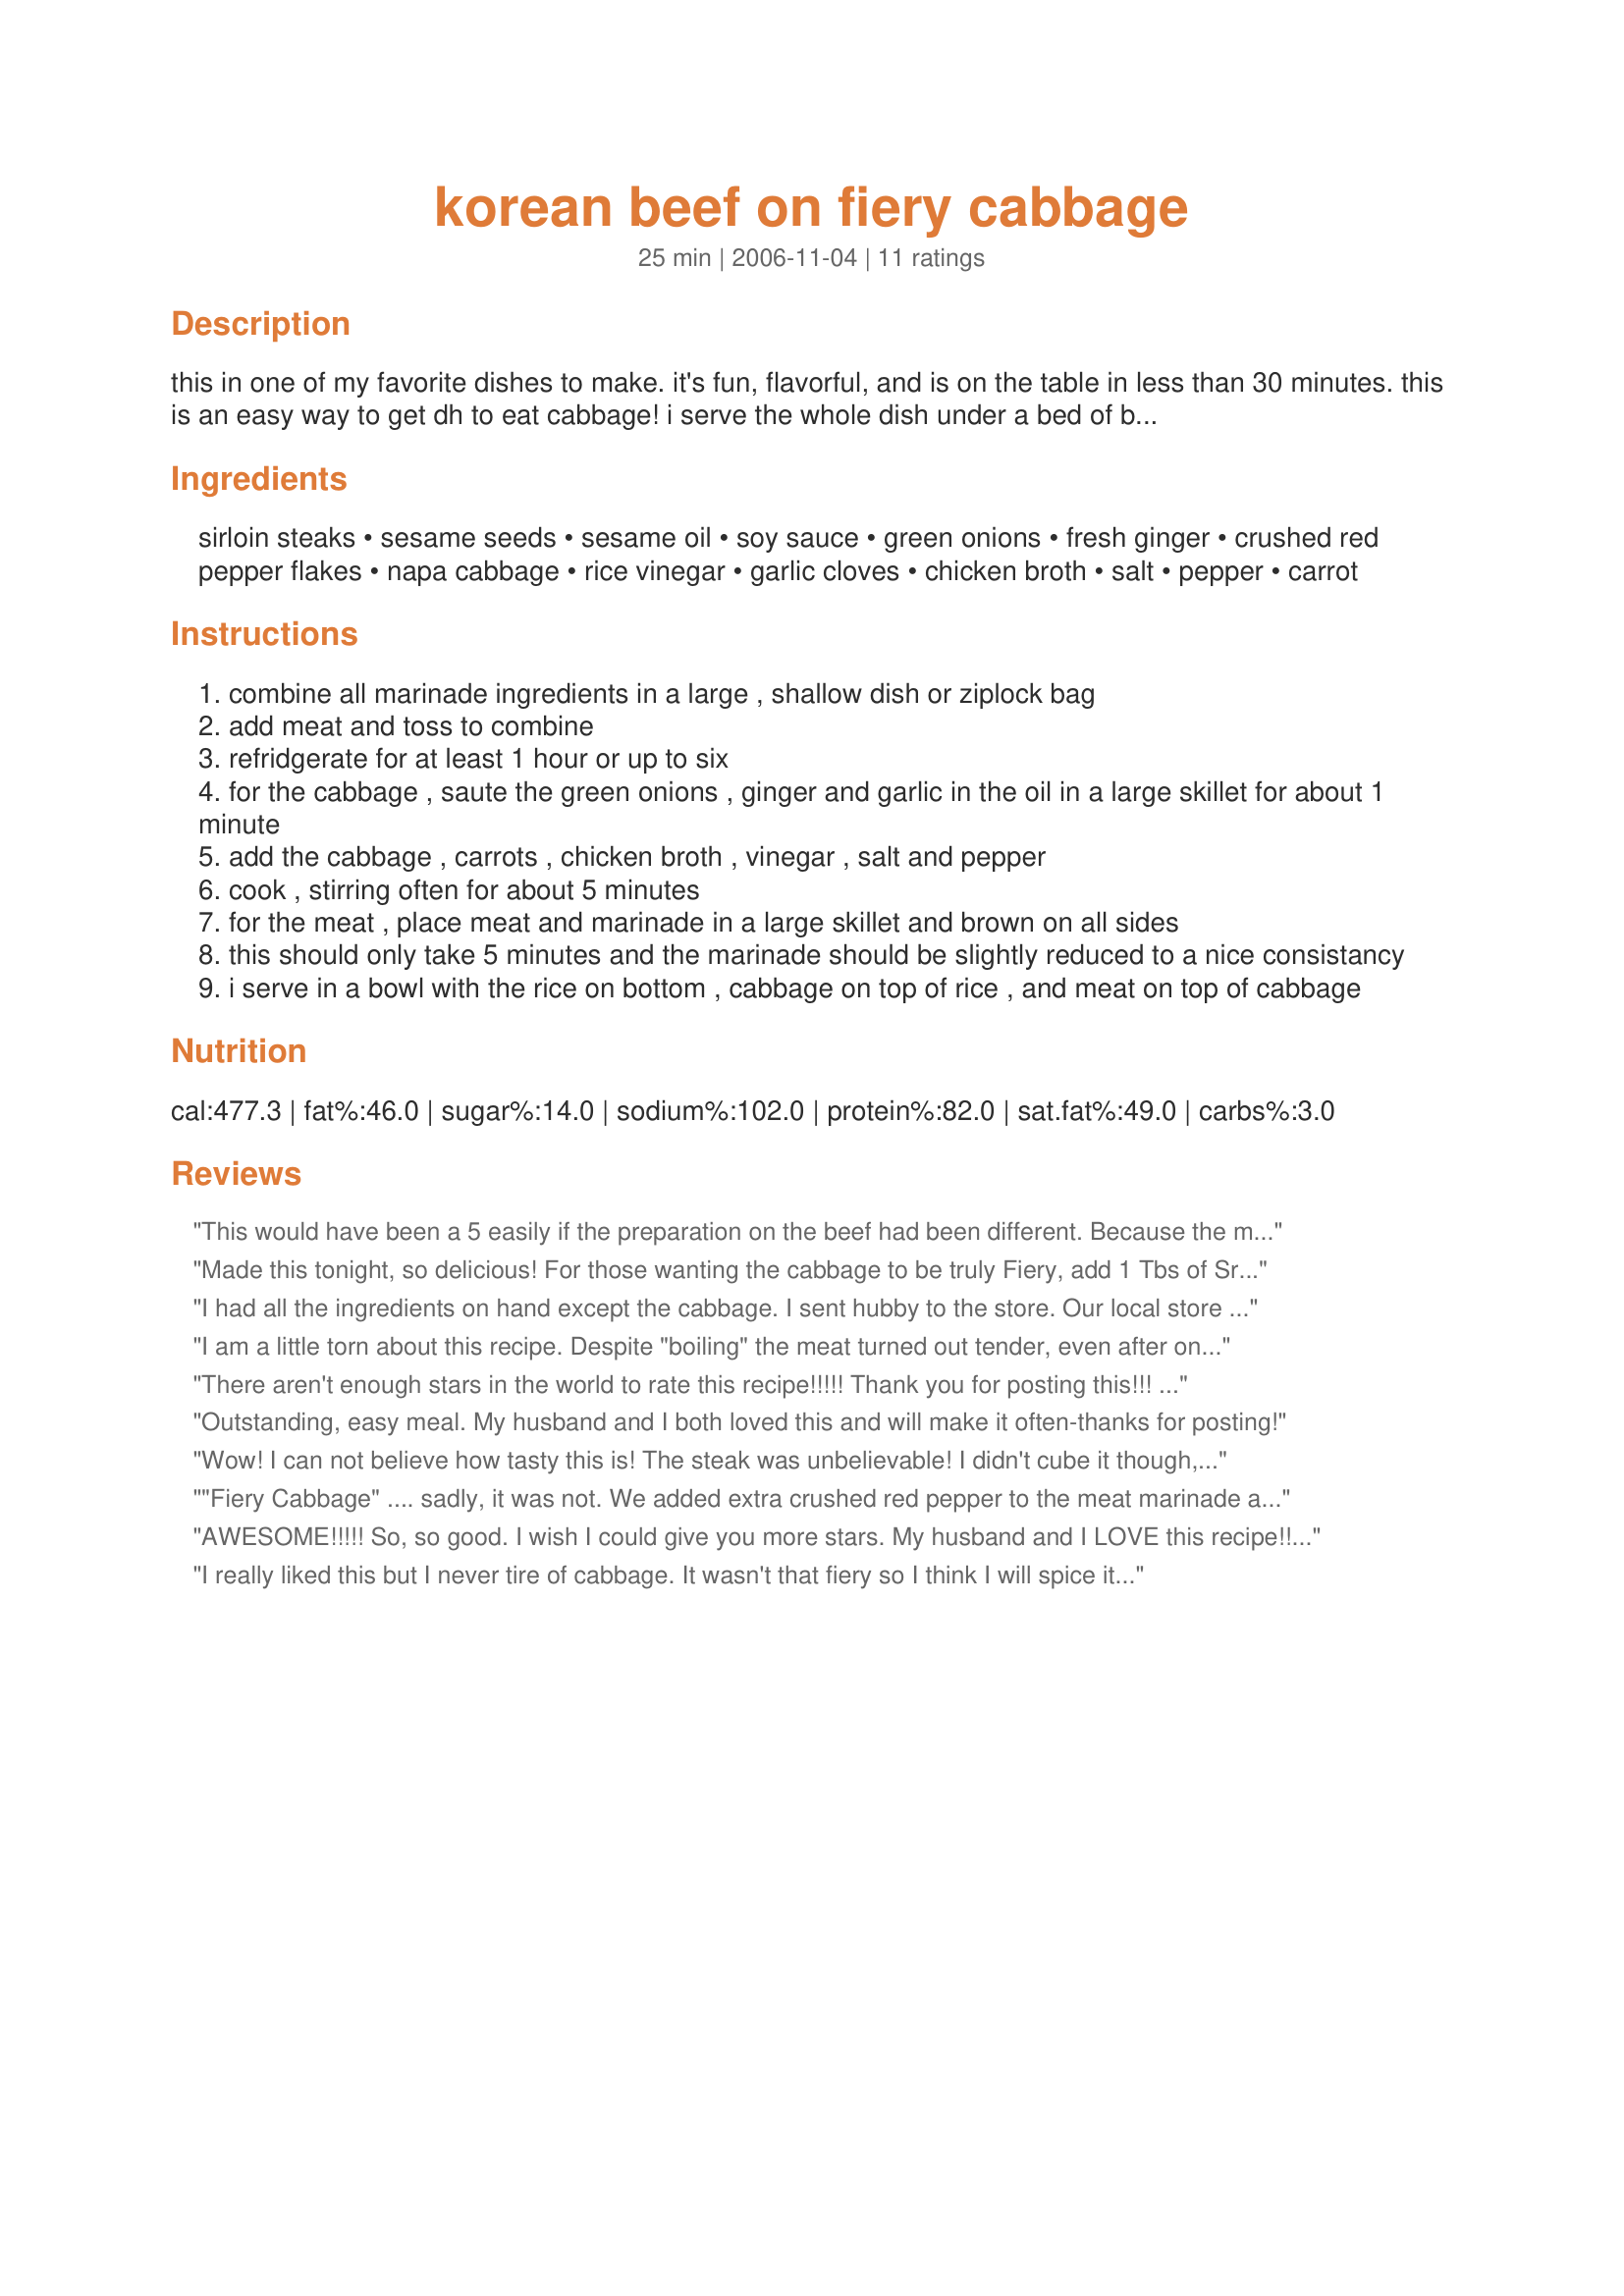
korean beef on fiery cabbage
Preparation time: 25 minutes

this in one of my favorite dishes to make. it's fun, flavorful, and is on the table in less than 30 minutes. this is an easy way to get dh to eat cabbage! i serve the whole dish under a bed of brown rice. i also make mine much hotter by adding serrano peppers! i did not include marinating time. i hope you enjoy!

Ingredients:
sirloin steaks, sesame seeds, sesame oil, soy sauce, green onions, fresh ginger, crushed red pepper flakes, napa cabbage, rice vinegar, garlic cloves, chicken broth, salt, pepper, carrot

Steps:
combine all marinade ingredients in a large , shallow dish or ziplock bag
add meat and toss to combine
refridgerate for at least 1 hour or up to six
for the cabbage , saute the green onions , ginger and garlic in the oil in a large skillet for about 1 minute
add the cabbage , carrots , chicken broth , vinegar , salt and pepper
cook , stirring often for about 5 minutes
for the meat , place meat and marinade in a large skillet and brown on all sides
this should only take 5 minutes and the marinade should be slightly reduced to a nice consistancy
i serve in a bowl with the rice on bottom , cabbage on top of rice , and meat on top of cabbage

Reviews:
This would have been a 5 easily if the preparation on the beef had been different. Because the marinade and beef went into the pan at the same time, the meat actually steam/boiled instead of sauteed. This caused the meat to be quite tough and chewy. I think it would have been better to saute the meat first in a little oil and add the marinade to the cabbage mixture. Otherwise the taste was excellent. This was also an easy dish to prepare.
Made this tonight, so delicious! For those wanting the cabbage to be truly Fiery, add 1 Tbs of Sriracha sauce.
I had all the ingredients on hand except the cabbage. I sent hubby to the store. Our local store didn't have it, so he went to the gourmet market. Nine dollars later, I had the cabbage!! I thought "this better be some darn good cabbage". Well, it is!!! We both loved it. I will certainly make it again, but next time I won't be sending DH to the store. Thanks for something different and delicious.
I am a little torn about this recipe. Despite "boiling" the meat turned out tender, even after only one hour of marinating. It was definitely easy. However, it was extremely salty. I also thought there was not enough cabbage (I didn't weigh my cabbage, though, just eyeballed the amount I had left from another day.) Perhaps, though, this is because I chose not to serve rice. The cabbage was not "fiery" at all, but the meat was a bit spicy. The reason I am torn, though, is that both of my picky kids liked it and the 3 of us ate all 4 servings.
There aren't enough stars in the world to rate this recipe!!!!! Thank you for posting this!!! I didn't get the "fiery" part, but that was OK by me. I did cut back the red pepper flakes, but next time, I will do the full amount. I marinated the meat for 4 hours. I didn't have rice vinegar, or chicken broth, so I subbed white wine and it was perfect. I sometimes prefer white wine to broth anyway, it gives it a little richer taste. I am already thinking of the leftovers sitting in the fridge. HHMMMMM, I wonder if they will make it through the night. So, KPD, it goes without saying that I truly loved this recipe!!!!!!!!!
Outstanding, easy meal. My husband and I both loved this and will make it often-thanks for posting!
Wow! I can not believe how tasty this is! The steak was unbelievable! I didn't cube it though, I just broiled it and served the rice and cabbage as a side dish (I used a half head of regular green cabbage). This is definitely my new favorite way to do steak. Thanks for another awesome recipe kpd!
"Fiery Cabbage" .... sadly, it was not. We added extra crushed red pepper to the meat marinade and a generous amount to the cabbage and found the cabbage to still be overwhelmingly bland. The marinade was quite tasty, though, and we'll most likely be using that part of the recipe again. :)
AWESOME!!!!! So, so good. I wish I could give you more stars. My husband and I LOVE this recipe!!!! So tasty!!! Thanks!
I really liked this but I never tire of cabbage. It wasn't that fiery so I think I will spice it up a bit next time. Maybe use your suggestion of serrano peppers. Made for PAC spring 2010
Loved the Cabbage! Will forsure cook this part again - great flavor and the flank steak turned out wonderful,too. I used Mrs. Dash Steak Grilling Spice and my cast iron grill on top of the stove to cook it and it turned out just right.
